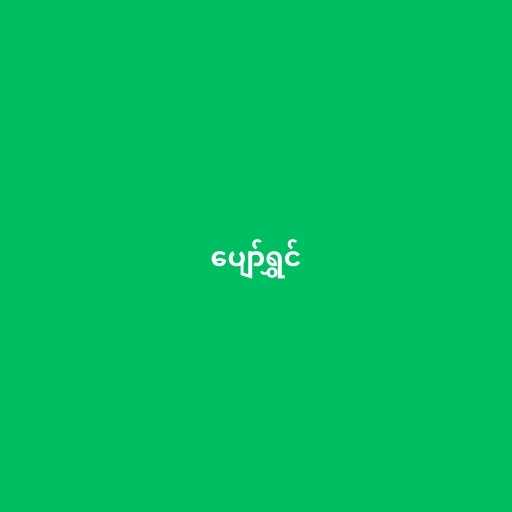
ပျော်ရွှင်